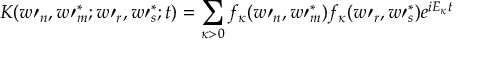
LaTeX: K ( w \prime _ { n } , w \prime _ { m } ^ { \ast } ; w \prime _ { r } , w \prime _ { s } ^ { \ast } ; t ) = \sum _ { \kappa > 0 } f _ { \kappa } ( w \prime _ { n } , w \prime _ { m } ^ { \ast } ) f _ { \kappa } ( w \prime _ { r } , w \prime _ { s } ^ { \ast } ) e ^ { i E _ { \kappa } t }